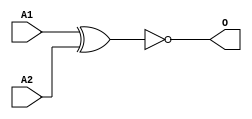
module MJXNOR2A(A1, A2, O);
input   A1;
input   A2;
output  O;
xnor g0(O, A1, A2);
endmodule